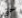
حتى